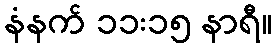
နံနက် ၁၁း၁၅ နာရီ။